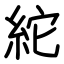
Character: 紽